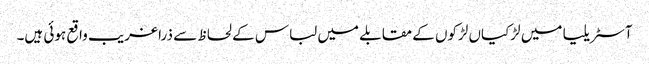
آسٹریلیا میں لڑکیاں لڑکوں کے مقابلے میں لباس کے لحاظ سے ذرا غریب واقع ہوئی ہیں۔